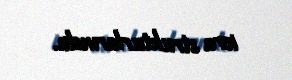
icra strukturlarında.